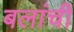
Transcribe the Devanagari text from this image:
बलांची